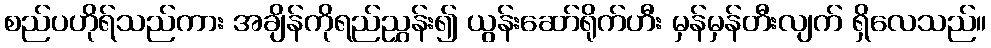
စည်ပဟိုရ်သည်ကား အချိန်ကိုရည်ညွှန်း၍ ယွန်းဆော်ရိုက်ဟီး မှန်မှန်တီးလျက် ရှိလေသည်။